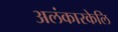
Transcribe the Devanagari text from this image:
अलंकारकेलि